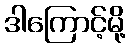
ဒါကြောင့်မို့